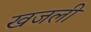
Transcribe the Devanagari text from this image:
खजली